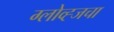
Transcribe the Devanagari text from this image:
ग्लोव्ह्जचा